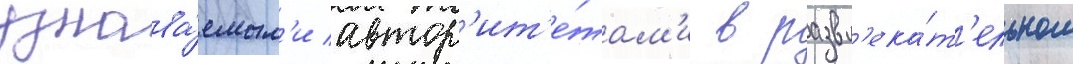
узнава́емым'и автор'ит'е́там'и в развл'ека́т'ельном